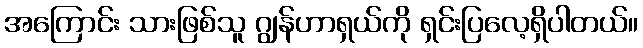
အကြောင်း သားဖြစ်သူ ဂျွန်ဟာရှယ်ကို ရှင်းပြလေ့ရှိပါတယ်။